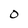
Character: O